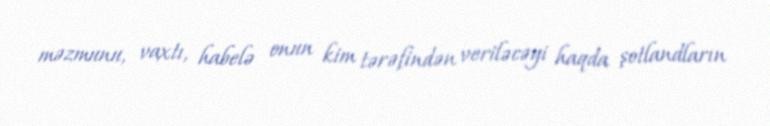
məzmunu, vaxtı, habelə onun kim tərəfindən veriləcəyi haqda şotlandların